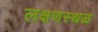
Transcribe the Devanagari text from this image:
लक्षणस्थळ